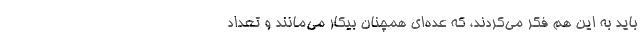
باید به این هم فکر می‌کردند، که عده‌ای همچنان بیکار می‌مانند و تعداد